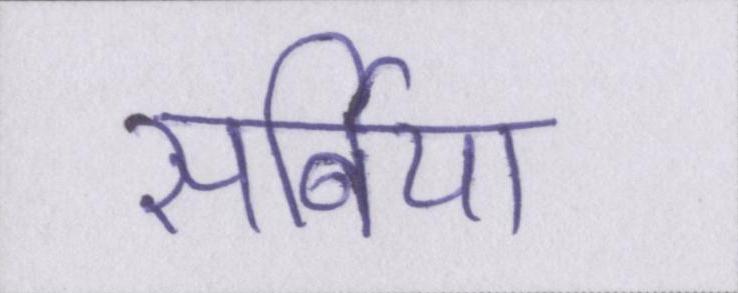
सर्बिया